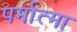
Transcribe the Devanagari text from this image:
पर्मात्मा